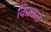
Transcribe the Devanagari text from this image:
किल्ल्त